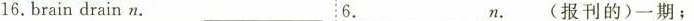
16.Braindrain